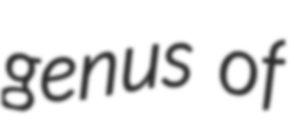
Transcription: genus of